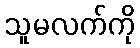
သူမလက်ကို